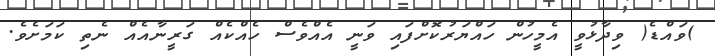
)ވައްޑެ( ވިދާޅުވީ އެމީހުން ހައްޔަރުކޮށްފައި ވަނީ އެއްވެސް ހެއްކެއް ގަރީނާއެއް ނެތި ކަމަށެވެ.